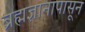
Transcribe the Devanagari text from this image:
ब्रह्मज्ञानापासून